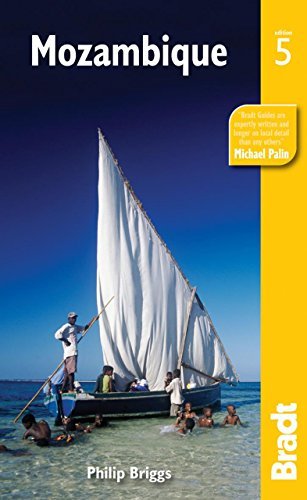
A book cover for By Philip Briggs Mozambique: The Bradt Travel Guide (Fifth Edition); Travel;